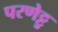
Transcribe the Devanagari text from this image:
परणेट्टु